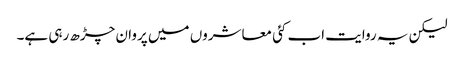
لیکن یہ روایت اب کئی معاشروں میں پروان چڑھ رہی ہے۔